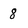
Character: 8